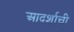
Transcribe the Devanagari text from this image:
आदर्शाची